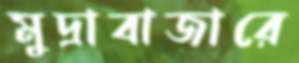
মুদ্রাবাজারে